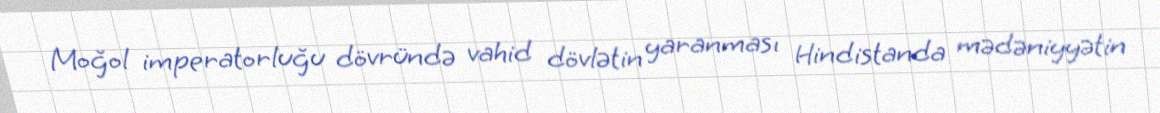
Moğol imperatorluğu dövründə vahid dövlətin yaranması Hindistanda mədəniyyətin